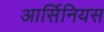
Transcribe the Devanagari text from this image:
आर्सिनियस